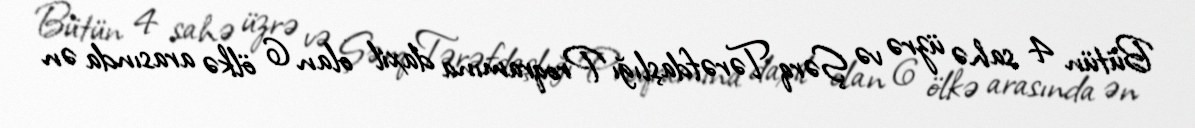
Bütün 4 sahə üzrə və Şərq Tərəfdaşlığı Proqramına daxil olan 6 ölkə arasında ən